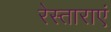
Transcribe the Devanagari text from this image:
रेस्ताराएं